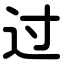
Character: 过